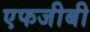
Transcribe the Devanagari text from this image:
एफजीबी